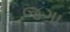
જગા